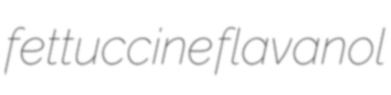
fettuccine flavanol